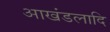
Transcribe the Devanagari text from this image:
आखंडलादि